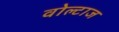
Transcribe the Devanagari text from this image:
वोल्टाज